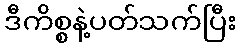
ဒီကိစ္စနဲ့ပတ်သက်ပြီး